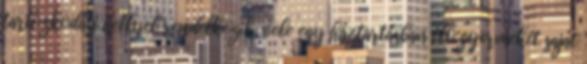
tartózkodási hellyel rendelkezik, vele egy háztartásban élő gyermekét saját